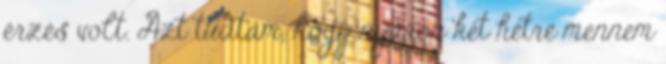
érzés volt. Azt tudtam, hogy nyáron két hétre mennem